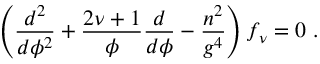
\left( \frac { d ^ { 2 } } { d \phi ^ { 2 } } + \frac { 2 \nu + 1 } { \phi } \frac { d } { d \phi } - \frac { n ^ { 2 } } { g ^ { 4 } } \right) f _ { \nu } = 0 ~ .